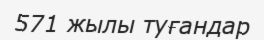
571 жылы туғандар